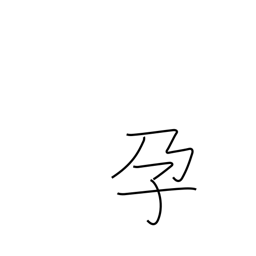
Meaning: become pregnant